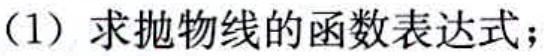
(1) 求抛物线的函数表达式；